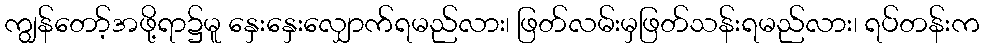
ကျွန်တော့်အဖို့ရာ၌မူ နှေးနှေးလျှောက်ရမည်လား၊ ဖြတ်လမ်းမှဖြတ်သန်းရမည်လား၊ ရပ်တန်းက